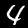
Digit: 4